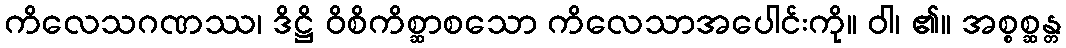
ကိလေသဂဏဿ၊ ဒိဋ္ဌိ ဝိစိကိစ္ဆာစသော ကိလေသာအပေါင်းကို။ ဝါ၊ ၏။ အစ္စစ္ဆန္တ